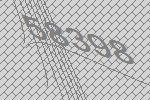
58398